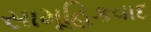
સામૂહિકવાદ